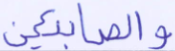
والصابئين